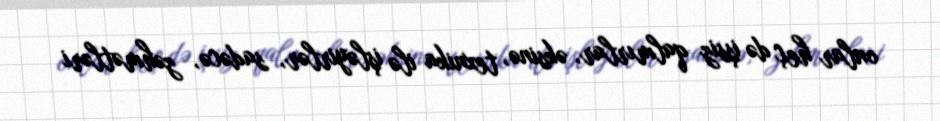
onlar heç də işsiz qalmırlar, əksinə, texnika ilə işləyirlər, sadəcə, zəhmətləri